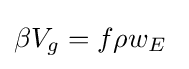
\beta V_{g}=f\rho w_{E}\